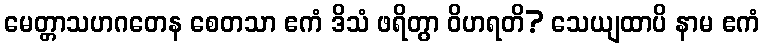
မေတ္တာသဟဂတေန စေတသာ ဧကံ ဒိသံ ဖရိတွာ ဝိဟရတိ? သေယျထာပိ နာမ ဧကံ